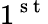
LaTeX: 1^{\mathrm{~s~t~}}